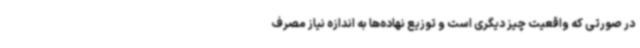
در صورتی که واقعیت چیز دیگری است و توزیع نهاده‌ها به اندازه نیاز مصرف